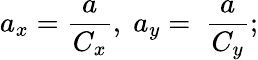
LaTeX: a_{x}=\frac{a}{C_{x}},\; a_{y}=\ \frac{a}{C_{y}};